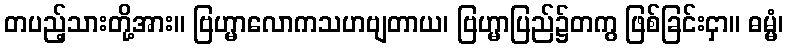
တပည့်သားတို့အား။ ဗြဟ္မာလောကသဟဗျတာယ၊ ဗြဟ္မာပြည်၌တကွ ဖြစ်ခြင်းငှာ။ ဓမ္မံ၊